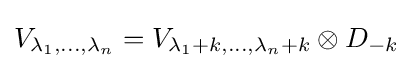
V_{\lambda _{1},\dots ,\lambda _{n}}=V_{\lambda _{1}+k,\dots ,\lambda _{n}+k}\otimes D_{-k}